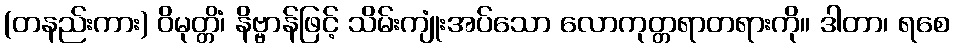
(တနည်းကား) ဝိမုတ္တိံ၊ နိဗ္ဗာန်ဖြင့် သိမ်းကျုံးအပ်သော လောကုတ္တရာတရားကို။ ဒါတာ၊ ရစေ